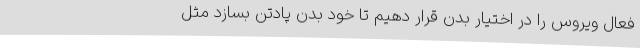
فعال ویروس را در اختیار بدن قرار دهیم تا خود بدن پادتن بسازد مثل